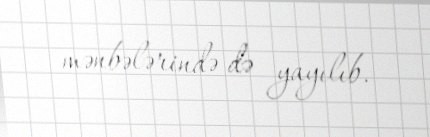
mənbələrində də yayılıb.